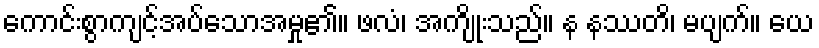
ကောင်းစွာကျင့်အပ်သောအမှု၏။ ဖလံ၊ အကျိုးသည်။ န နဿတိ၊ မပျက်။ ယေ